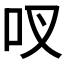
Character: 𫩗